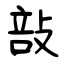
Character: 㪗